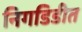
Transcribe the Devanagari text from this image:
निगडिडीत